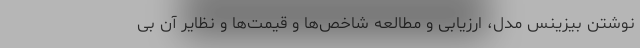
نوشتن بیزینس مدل، ارزیابی و مطالعه شاخص‌ها و قیمت‌ها و نظایر آن بی